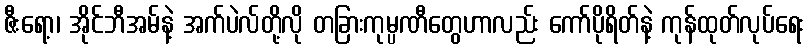
ဇီးရော့၊ အိုင်ဘီအမ်နဲ့ အက်ပဲလ်တို့လို တခြားကုမ္ပဏီတွေဟာလည်း ကော်ပိုရိတ်နဲ့ ကုန်ထုတ်လုပ်ရေး